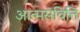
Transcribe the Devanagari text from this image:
आत्मसंवित्ति